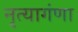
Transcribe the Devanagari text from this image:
नृत्यागंणा